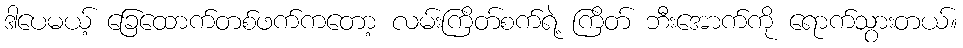
ဒါပေမယ့် ခြေထောက်တစ်ဖက်ကတော့ လမ်းကြိတ်စက်ရဲ့ ကြိတ် ဘီးအောက်ကို ရောက်သွားတယ်။